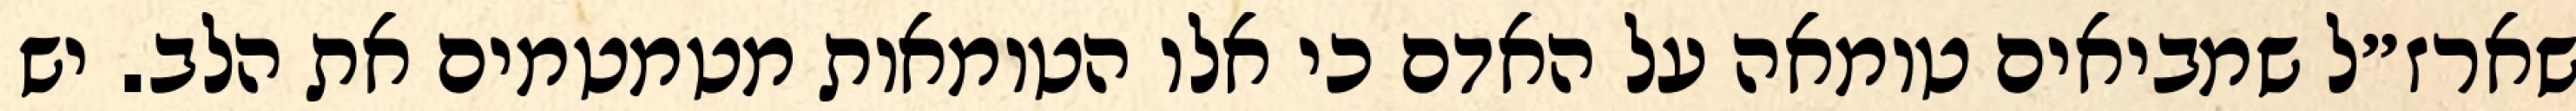
שארז״ל שמביאים טומאה על האדם כי אלו הטומאות מטמטמים את הלב. יש